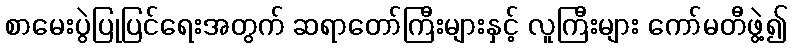
စာမေးပွဲပြုပြင်ရေးအတွက် ဆရာတော်ကြီးများနှင့် လူကြီးများ ကော်မတီဖွဲ့၍